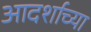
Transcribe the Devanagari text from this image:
आदर्शाच्‍या